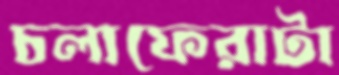
চলাফেরাটা